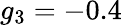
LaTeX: g_{3}=-0.4